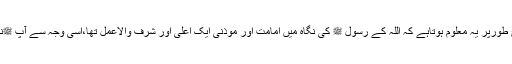
(شرح العمدۃ)اس حدیثِ پاک سے واضح طورپر یہ معلوم ہوتاہے کہ اللہ کے رسول ﷺ کی نگاہ میں امامت اور موذنی ایک اعلیٰ اور شرف والاعمل تھا،اسی وجہ سے آپ ﷺنے ایک صحابی کواس کی تلقین فرمائی۔